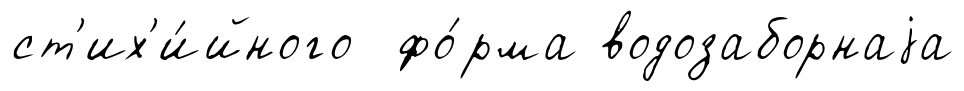
ст'их'и́йного фо́рма водозаборнаjа